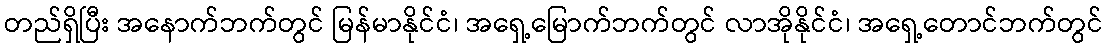
တည်ရှိပြီး အနောက်ဘက်တွင် မြန်မာနိုင်ငံ၊ အရှေ့မြောက်ဘက်တွင် လာအိုနိုင်ငံ၊ အရှေ့တောင်ဘက်တွင်